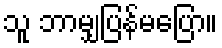
သူ ဘာမျှပြန်မပြော။